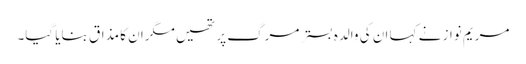
مریم نواز نے کہا ان کی والدہ بسترمرگ پر تھیں مگران کا مذاق بنایا گیا۔